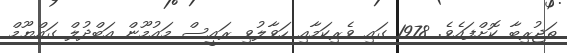
ތަޖުރިބާ ކޮށްފައެވެ. 1978 ގައި ވެރިކަމާއި ހަވާލުވި ރައީސް މައުމޫން އަބްދުލް ގައްޔޫމް